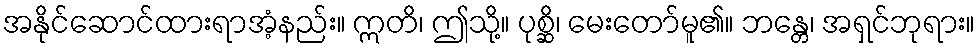
အနိုင်ဆောင်ထားရာအံ့နည်း။ ဣတိ၊ ဤသို့။ ပုစ္ဆိ၊ မေးတော်မူ၏။ ဘန္တေ၊ အရှင်ဘုရား။